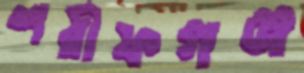
শরীফগঞ্জ